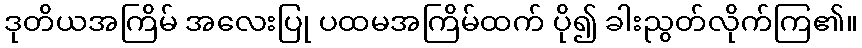
ဒုတိယအကြိမ် အလေးပြု ပထမအကြိမ်ထက် ပို၍ ခါးညွတ်လိုက်ကြ၏။